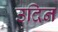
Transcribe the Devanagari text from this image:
उदिन